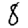
Digit: 8